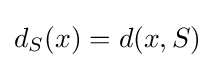
d_{S}(x)=d(x,S)